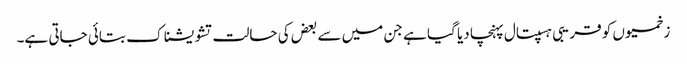
زخمیوں کو قریبی ہسپتال پہنچا دیا گیا ہے جن میں سے بعض کی حالت تشویشناک بتائی جاتی ہے۔